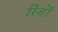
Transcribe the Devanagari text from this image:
रिंबों